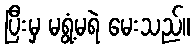
ပြီးမှ မရွံ့မရဲ မေးသည်။